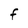
Character: F